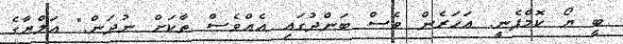
ބީ ޔޯ ކޮމްޕެނީ. އަހަރެން ވެސް ބަންދުގައި އެއްވެސް ތާކަށް ނުދަން." އަލްޔާގެ